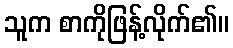
သူက စာကိုဖြန့်လိုက်၏။